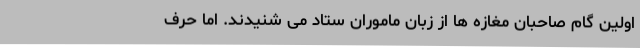
اولین گام صاحبان مغازه ها از زبان ماموران ستاد می شنیدند. اما حرف